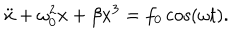
\ddot { x } + \omega _ { 0 } ^ { 2 } x + \beta x ^ { 3 } = f _ { 0 } \cos ( \omega t ) .